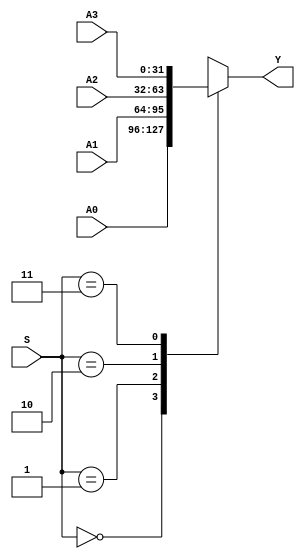
`timescale 1ns / 1ps

// Select 1 in 4. (32-bits)
module MUX4X32 (A0, A1, A2, A3, S, Y);

    input [31:0] A0, A1, A2, A3;
    input [1:0] S;
    output [31:0] Y;

    function [31:0] select;

        input [31:0] A0, A1, A2, A3;
        input [1:0] S;

        case(S)
            2'b00: select = A0;
            2'b01: select = A1;
            2'b10: select = A2;
            2'b11: select = A3;
        endcase

    endfunction

    assign Y = select(A0, A1, A2, A3, S);

endmodule